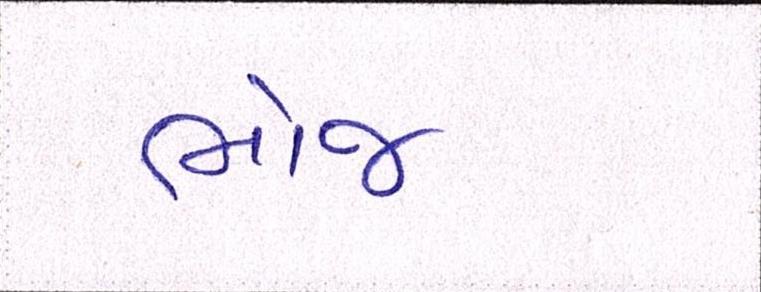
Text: ભોજ